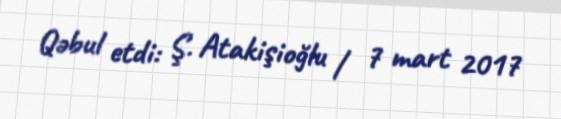
Qəbul etdi: Ş. Atakişioğlu / 7 mart 2017